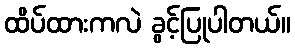
ထိပ်ထားကလဲ ခွင့်ပြုပါတယ်။